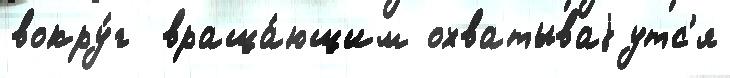
вокру́г  враща́ющим охватываjутс'я